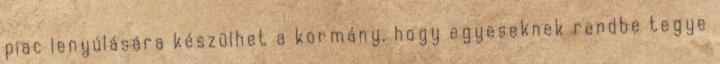
piac lenyúlására készülhet a kormány, hogy egyeseknek rendbe tegye